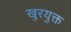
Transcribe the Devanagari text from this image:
खुरयुक्त